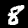
Label: 8